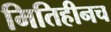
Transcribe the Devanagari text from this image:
मितिहीनच